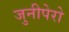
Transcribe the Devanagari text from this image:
जुनीपेरो